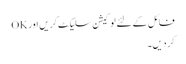
فائل کے لئے لوکیشن سلیکٹ کریں اور OK
کر دیں۔